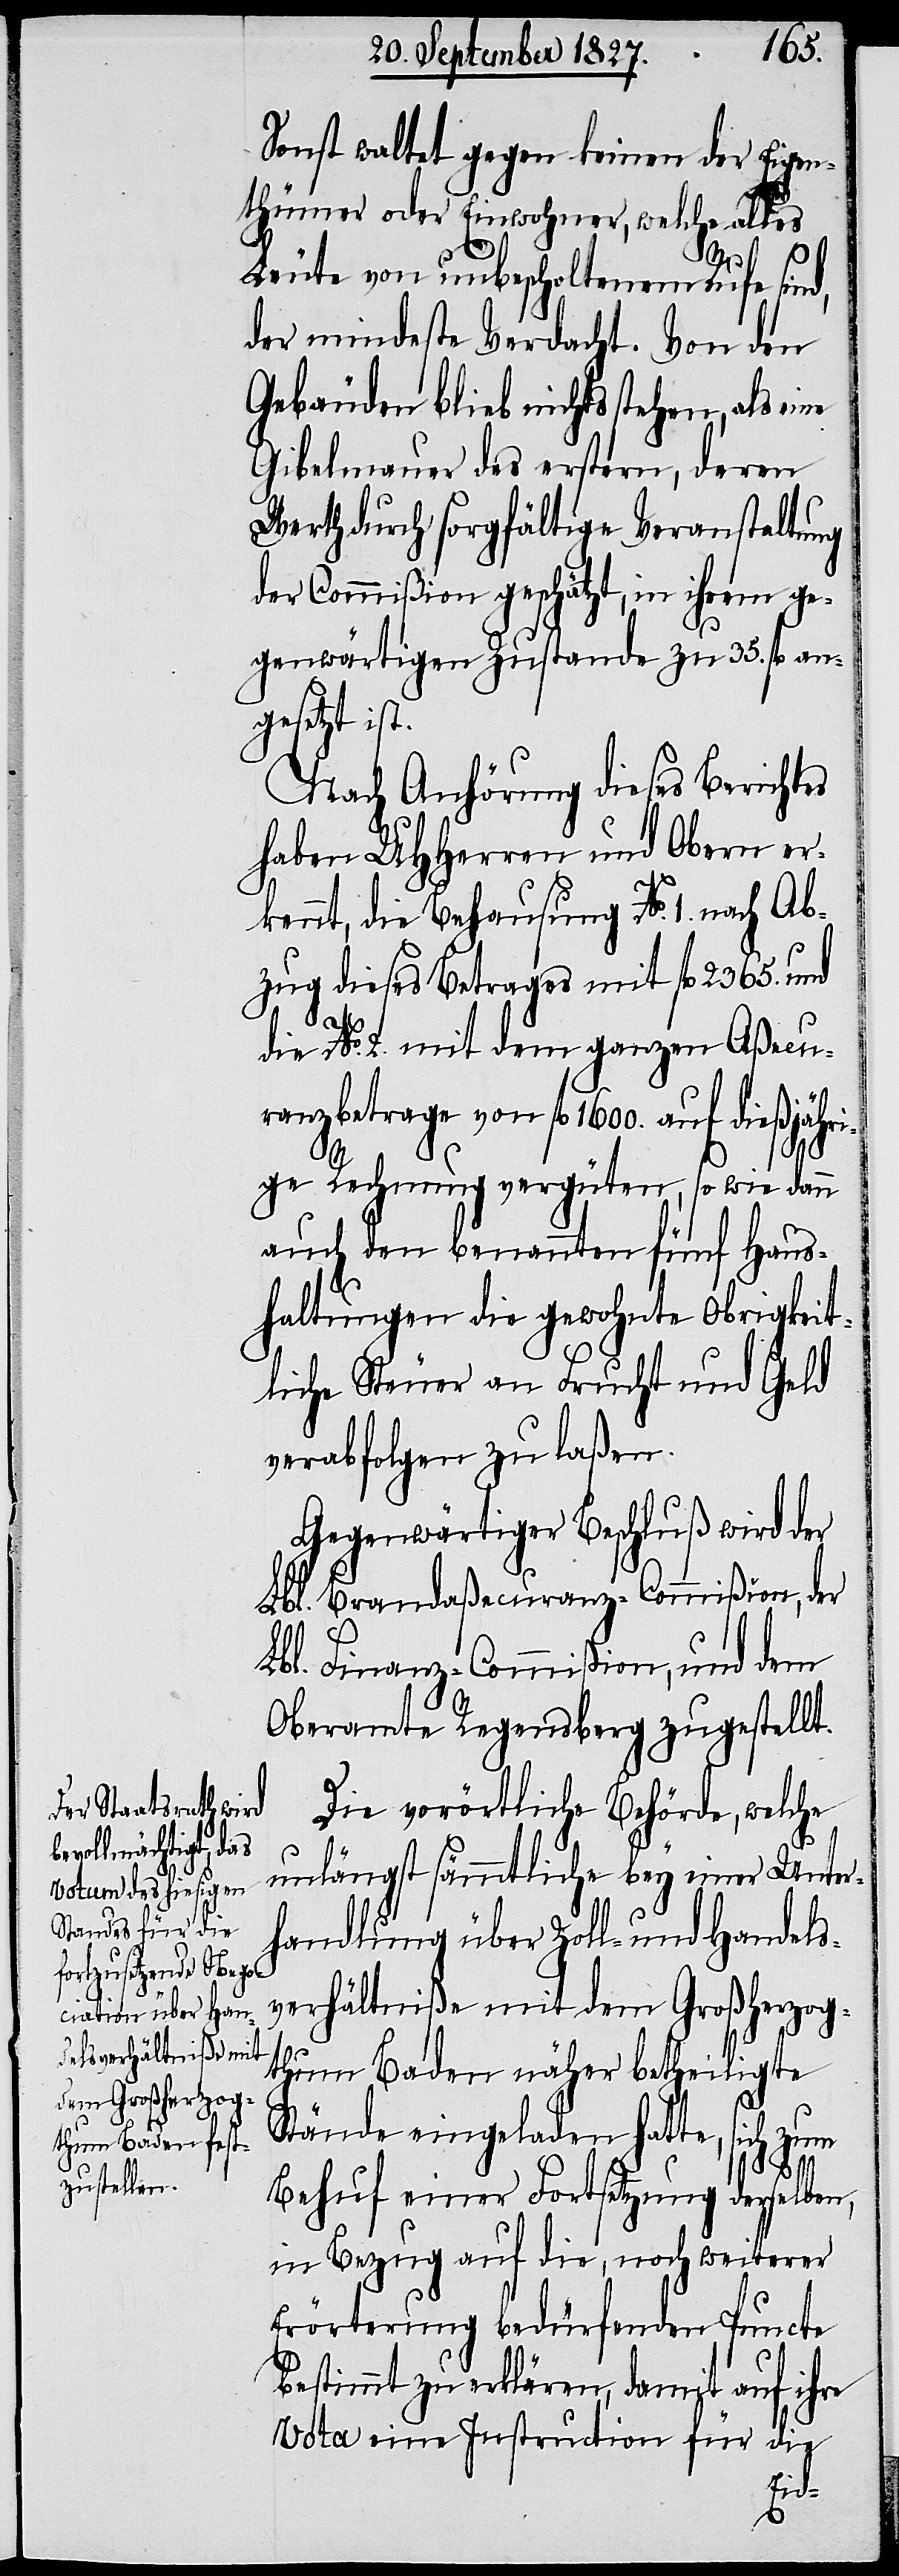
Sonst waltet gegen keinen der Eigen¬
thümer oder Einwohner, welche alles
Leute von unbescholtenem Rufe sind,
der mindeste Verdacht. Von den
Gebäuden blieb nichts stehen, als e¬
Giebelmauer des erstern, deren
Werth durch sorgfältige Veranstaltung
der Commißion geschätzt, in ihrem ge¬
genwärtigen Zustande zu 35. fl. an¬
gesetzt ist.
Nach Anhörung dieses Berichtes
haben UHHerren und Obern er¬
ri¬
kennt, die Behausung No. 1. nach Ab¬
zug dieses Betrages mit fl. 2365. und
die No. 2. mit dem ganzen Aßecu¬
ranzbetrage von fl. 1600. auf dießjäh¬
ge Rechnung vergüten, so wie dann
auch den benannten fünf Haus¬
haltungen die gewohnte Obrigkeit¬
liche Steuer an Frucht und Geld
verabfolgen zu laßen.
Gegenwärtiger Beschluß wird der
Lbl. Brandaßecuranz-Commißion, der
Lbl. Finanz-Commißion, und dem
Oberamte Regensberg zugestellt.
Die vorörtliche Behörde, welche
unlängst sämmtliche bey einer Unter¬
handlung über Zoll- und Handels¬
verhältniße mit dem Großherzog¬
thum Baden näher betheiligte
Stände eingeladen hatte, sich zum
Behuf einer Fortsetzung derselben,
in Bezug auf die, noch weiterer
Erörterung bedürfenden Puncte
bestimmt zu erklären, damit auf ihre
Vota eine Instruction für die
ine